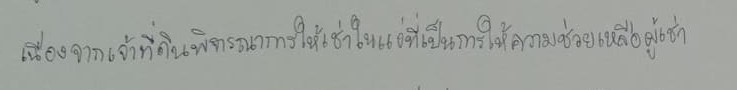
เนื่องจากเจ้าที่ดินพิจารณาการให้เช่าในแง่ที่เป็นการให้ความช่วยเหลือผู้เช่า